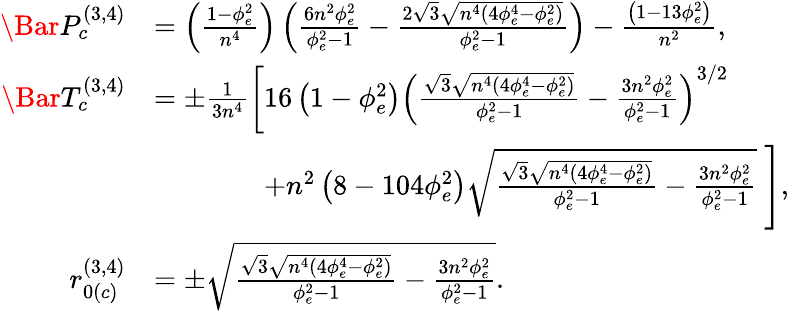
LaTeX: \begin{array}{rl}{\Bar{P}_{c}^{(3,4)}}&{=\left(\frac{1-\phi_{e}^{2}}{n^{4}}\right)\left(\frac{6n^{2}\phi_{e}^{2}}{\phi_{e}^{2}-1}-\frac{2\sqrt{3}\sqrt{n^{4}\left(4\phi_{e}^{4}-\phi_{e}^{2}\right)}}{\phi_{e}^{2}-1}\right)-\frac{\left(1-13\phi_{e}^{2}\right)}{n^{2}},}\\ {\Bar{T}_{c}^{(3,4)}}&{=\pm\frac{1}{3n^{4}}\left[16\left(1-\phi_{e}^{2}\right)\left(\frac{\sqrt{3}\sqrt{n^{4}\left(4\phi_{e}^{4}-\phi_{e}^{2}\right)}}{\phi_{e}^{2}-1}-\frac{3n^{2}\phi_{e}^{2}}{\phi_{e}^{2}-1}\right)^{3/2}\right.}\\ &{\; \; \; \; \; \; \; \; \; \; \; \; \; \; \left.+n^{2}\left(8-104\phi_{e}^{2}\right)\sqrt{\frac{\sqrt{3}\sqrt{n^{4}\left(4\phi_{e}^{4}-\phi_{e}^{2}\right)}}{\phi_{e}^{2}-1}-\frac{3n^{2}\phi_{e}^{2}}{\phi_{e}^{2}-1}}\; \right],}\\ {r_{0(c)}^{(3,4)}}&{=\pm\sqrt{\frac{\sqrt{3}\sqrt{n^{4}\left(4\phi_{e}^{4}-\phi_{e}^{2}\right)}}{\phi_{e}^{2}-1}-\frac{3n^{2}\phi_{e}^{2}}{\phi_{e}^{2}-1}}.}\end{array}